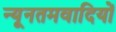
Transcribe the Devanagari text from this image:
न्यूनतमवादियों